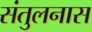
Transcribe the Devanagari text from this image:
संतुलनास